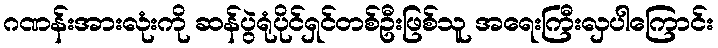
ဂဏန်းအားလုံးကို ဆန်ပွဲရုံပိုင်ရှင်တစ်ဦးဖြစ်သူ အရေးကြီးလှပါကြောင်း